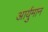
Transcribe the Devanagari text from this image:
आर्युमान